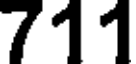
711